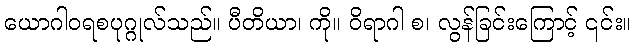
ယောဂါဝရစပုဂ္ဂုလ်သည်။ ပီတိယာ၊ ကို။ ဝိရာဂါ စ၊ လွန်ခြင်းကြောင့် ၎င်း။